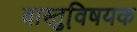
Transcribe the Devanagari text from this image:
वास्तुवि़षयक